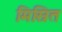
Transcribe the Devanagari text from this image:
मिस्रित